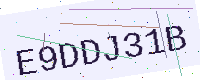
Text: E9DDJ31B